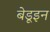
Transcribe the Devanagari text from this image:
बेडूइन